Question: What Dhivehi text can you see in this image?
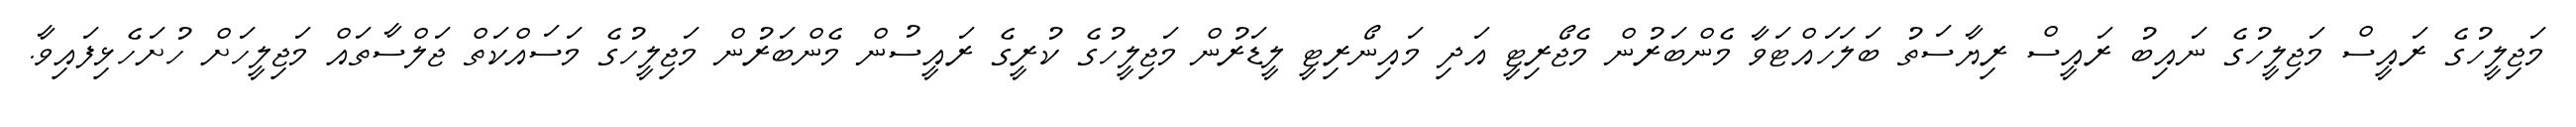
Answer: މަޖިލީހުގެ ރައީސް މަޖިލީހުގެ ނައިބު ރައީސް ރިޔާސަތު ބަލަހައްޓަވާ މެންބަރުން މެޖޯރިޓީ އަދި މައިނޯރިޓީ ލީޑަރުން މަޖިލީހުގެ ކުރީގެ ރައީސުން މެންބަރުން މަޖިލީހުގެ މަސައްކަތް ޖަލްސާތައް މަޖިލީހަށް ހުށަހެޅިފައިވާ.